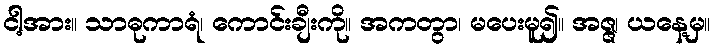
ငါ့အား။ သာဓုကာရံ၊ ကောင်းချီးကို။ အကတွာ၊ မပေးမူ၍။ အဇ္ဇ၊ ယနေ့မှ။